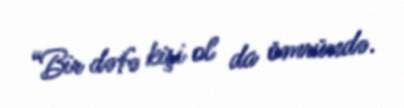
“Bir dəfə kişi ol da ömründə.